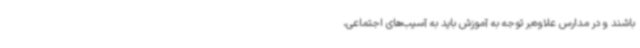
باشند و در مدارس علاوه‌بر توجه به آموزش باید به آسیب‌های اجتماعی،